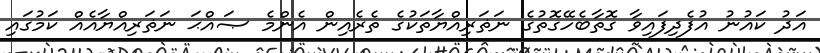
އަދު ކައުނު އުފެދިފައިވާ ގޮތާބެހޭގޮތުގެ ނަޡަރިއްޔާތަކުގެ ތެރެއިން އެންމެ ޞައްޙަ ނަޡަރިއްޔާއެއް ކަމުގައި